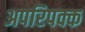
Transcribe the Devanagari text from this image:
अपरिपक्क